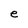
Character: e